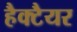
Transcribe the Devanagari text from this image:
हैक्टैयर